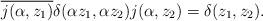
LaTeX: \begin{align*}\overline{j(\alpha,z_1)}\delta(\alpha z_1,\alpha z_2)j(\alpha,z_2)=\delta(z_1,z_2).\end{align*}